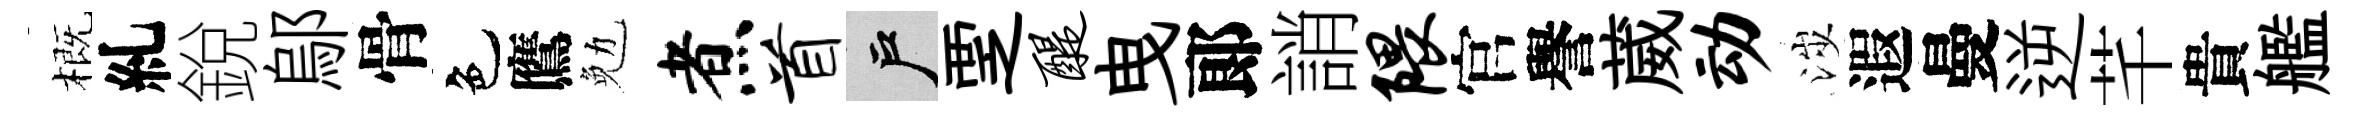
概糺銳鄔骨色鷹勉煮首户覂醍曳郞誚隈官譽葳动涉遐曼逆芊貴艦